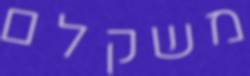
משקלם